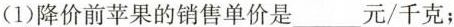
(1)降价前苹果的销售单价是___元/千克；